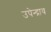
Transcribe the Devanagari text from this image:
उपेन्द्राय